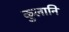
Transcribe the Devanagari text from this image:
कुलानि